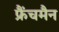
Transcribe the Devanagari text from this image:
फ्रैंचमैन